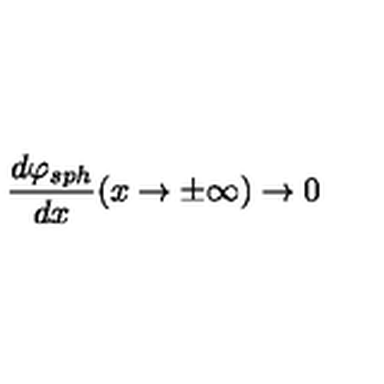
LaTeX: \frac { d \varphi _ { s p h } } { d x } ( x \rightarrow \pm \infty ) \rightarrow 0